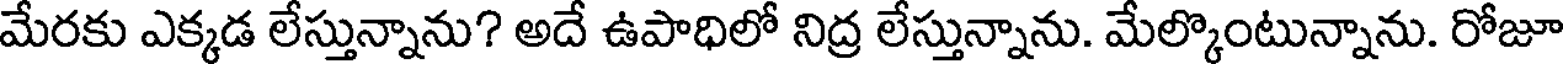
మేరకు ఎక్కడ లేస్తున్నాను? అదే ఉపాధిలో నిద్ర లేస్తున్నాను. మేల్కొంటున్నాను. రోజూ